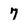
Character: 7